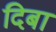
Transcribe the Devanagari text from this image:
दिबा